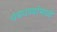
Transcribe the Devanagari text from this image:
धबधब्यांमध्ये